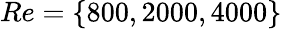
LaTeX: Re=\left\lbrace 800,2000,4000\right\rbrace